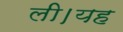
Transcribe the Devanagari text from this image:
ली।यह